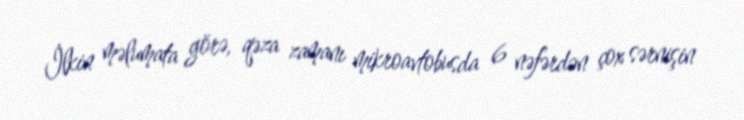
İlkin məlumata görə, qəza zamanı mikroavtobusda 6 nəfərdən çox sərnişin